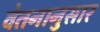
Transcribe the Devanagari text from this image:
वेतनानुसार